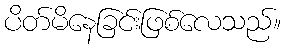
ပိတ်မိနေခြင်းဖြစ်လေသည်။